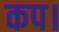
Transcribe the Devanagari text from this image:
कप।